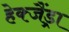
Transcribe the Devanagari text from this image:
हेक्जैंड्रा